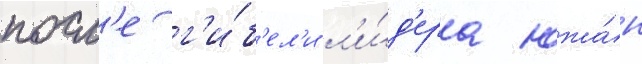
посл'е г'и́б'ел'и л'и́д'ера южа́н